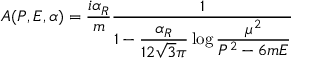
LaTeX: A ( P , E , \alpha ) = { \frac { i \alpha _ { R } } { m } } { \frac { 1 } { 1 - \displaystyle { \frac { \alpha _ { R } } { 1 2 \sqrt { 3 } \pi } } \log \displaystyle { { \frac { \mu ^ { 2 } } { P ^ { 2 } - 6 m E } } } } }